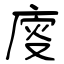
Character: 廀